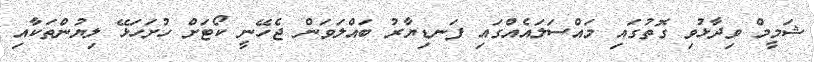
ޝަމީމް ވިދާޅުވި ގޮތުގައި މައްސަލައެއްގައި ފަނޑިޔާރު ބައްލަވަން ޖެހޭނީ ކޯޓަށް ހުށަހަޅޭ ލިޔުންތަކާއި